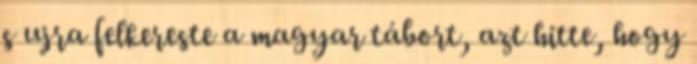
s ujra felkereste a magyar tábort, azt hitte, hogy